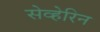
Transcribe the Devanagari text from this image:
सेव्हेरिन